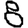
Digit: 8